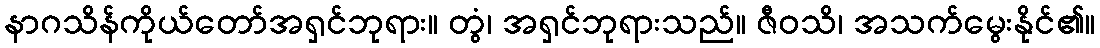
နာဂသိန်ကိုယ်တော်အရှင်ဘုရား။ တွံ၊ အရှင်ဘုရားသည်။ ဇီဝသိ၊ အသက်မွေးနိုင်၏။